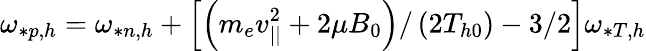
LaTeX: \omega_{*p,h}=\omega_{*n,h}+\left[\left(m_{e}v_{||}^{2}+2\mu B_{0}\right)/\left(2T_{h0}\right)-3/2\right]\omega_{*T,h}